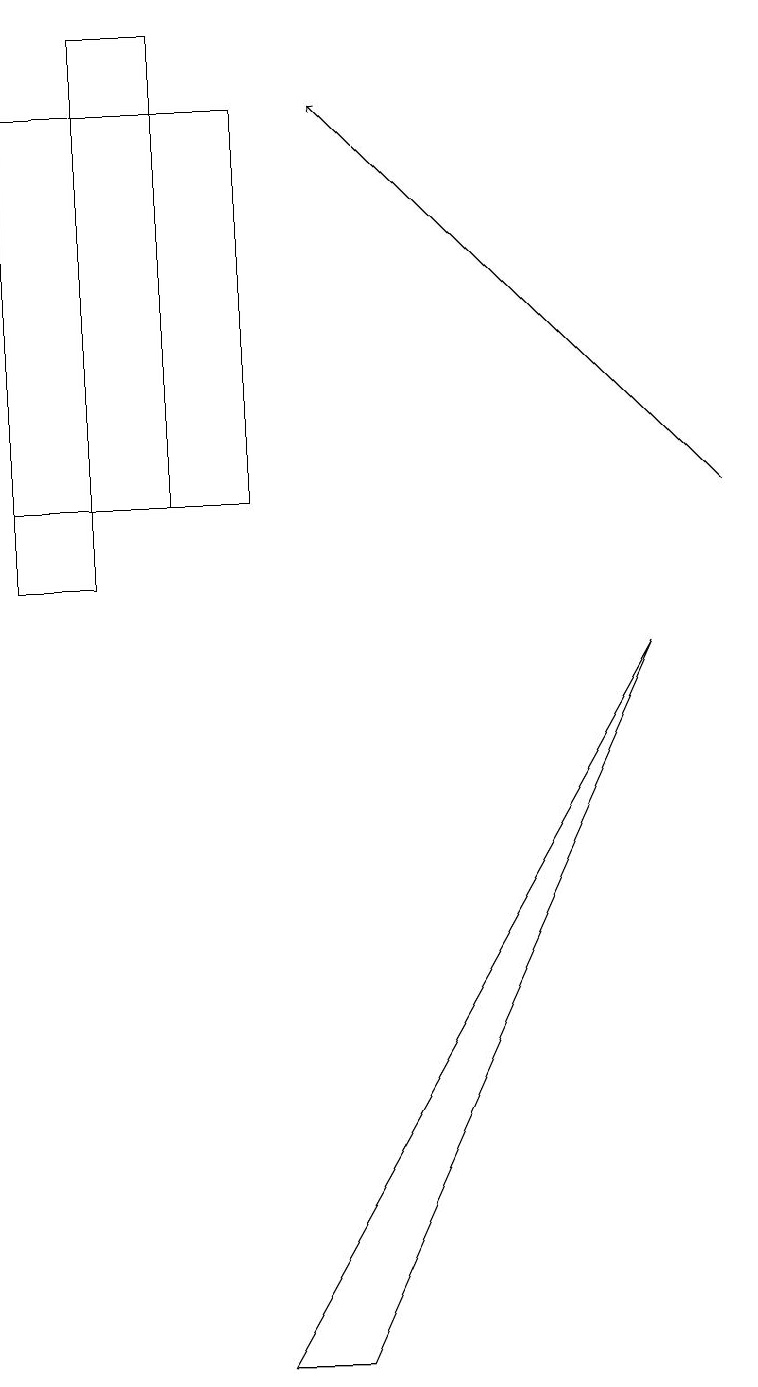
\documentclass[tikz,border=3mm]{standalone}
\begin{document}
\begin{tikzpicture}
\draw (2,17) rectangle (1,11);
\draw (1,11) rectangle (0,10);
\draw[->] (9,11) -- (4,16);
\draw (3,16) rectangle (0,11);
\draw (3,0) -- (8,9) -- (4,0) -- cycle;
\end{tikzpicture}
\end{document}